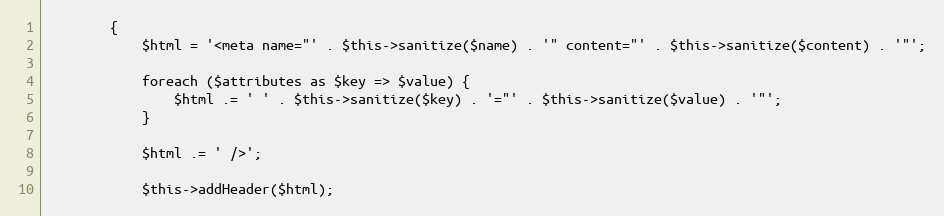
Language: PHP
		{
			$html = '<meta name="' . $this->sanitize($name) . '" content="' . $this->sanitize($content) . '"';

			foreach ($attributes as $key => $value) {
				$html .= ' ' . $this->sanitize($key) . '="' . $this->sanitize($value) . '"';
			}

			$html .= ' />';

			$this->addHeader($html);